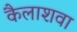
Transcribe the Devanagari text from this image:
कैलाशवा